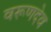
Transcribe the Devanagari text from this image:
वरूणदेव